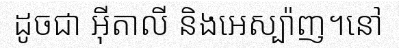
ដូចជា អ៊ីតាលី និងអេស្ប៉ាញ។នៅ